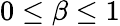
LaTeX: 0\le\beta\le 1